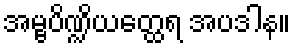
အမ္ဗပိဏ္ဍိယတ္ထေရ အပဒါန။